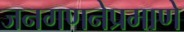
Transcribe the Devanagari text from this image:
जनगणनेप्रमाणे